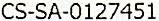
CS-SA-0127451